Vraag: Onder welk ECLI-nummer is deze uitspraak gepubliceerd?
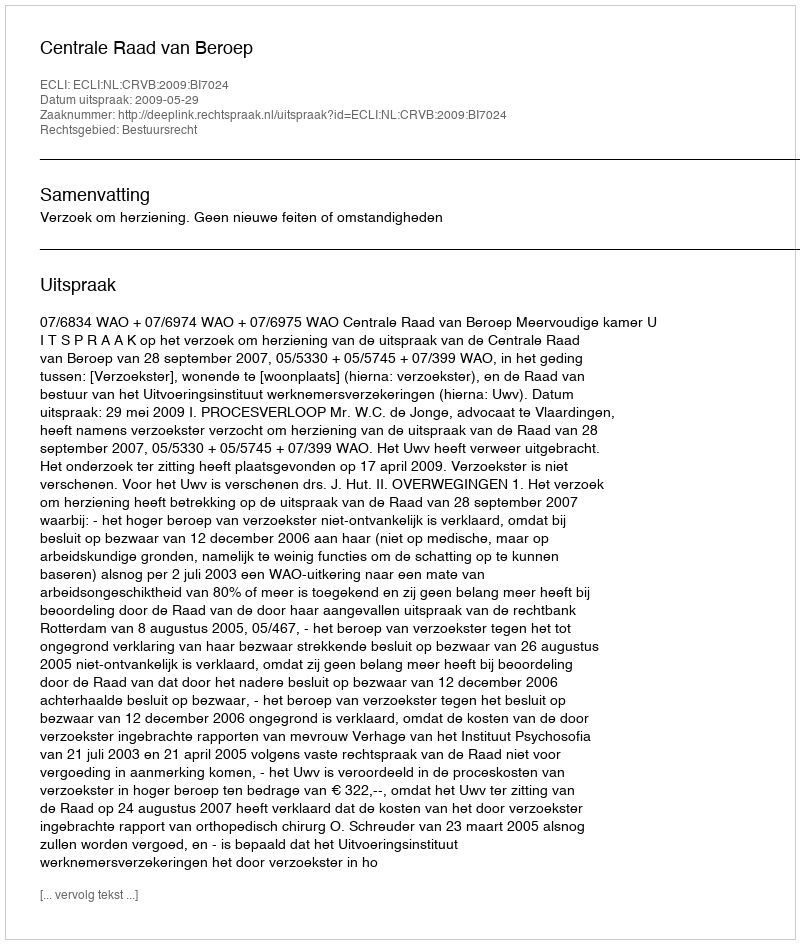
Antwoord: ECLI:NL:CRVB:2009:BI7024